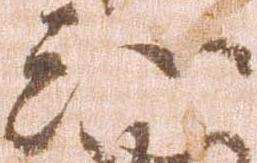
知